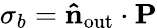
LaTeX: \sigma_{b}=\mathbf{\hat{n}}_{\mathrm{out}}\cdot\mathbf{P}